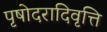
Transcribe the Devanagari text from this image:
पृषोदरादिवृत्ति